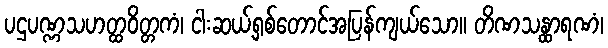
ပဌပဏ္ဏသဟတ္ထဝိတ္တကံ၊ ငါးဆယ့်ရှစ်တောင်အပြန်ကျယ်သော။ တိဏသန္ထာရဏံ၊